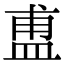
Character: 盙